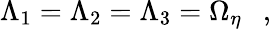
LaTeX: \Lambda_{1}=\Lambda_{2}=\Lambda_{3}=\Omega_{\eta}~~~,